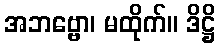
အဘဗ္ဗော၊ မထိုက်။ ဒိဋ္ဌိ